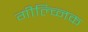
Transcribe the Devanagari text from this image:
गील्व्निक